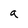
Character: a